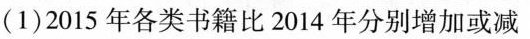
(1)2015年各类书籍比2014年分别增加或减